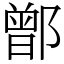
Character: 鄫